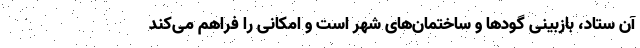
آن ستاد، بازبینی گودها و ساختمان‌های شهر است و امکانی را فراهم می‌کند